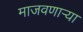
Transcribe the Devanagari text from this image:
माजवणाऱ्या